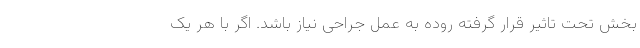
بخش تحت تاثیر قرار گرفته روده به عمل جراحی نیاز باشد. اگر با هر یک